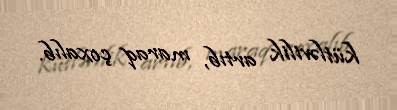
kütləvilik artıb, maraq çoxalıb.